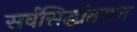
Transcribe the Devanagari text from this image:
सर्वसिद्धांतराज